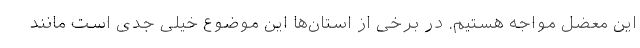
این معضل مواجه هستیم. در برخی از استان‌ها این موضوع خیلی جدی است مانند